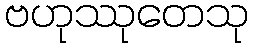
ဗဟုဿုတေသု